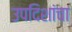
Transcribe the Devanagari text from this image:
उपदिशांचा